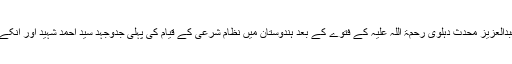
حضرت شاہ عبدالعزیز محدث دہلوی رحمۃ اللہ علیہ کے فتوے کے بعد ہندوستان میں نظام شرعی کے قیام کی پہلی جدوجہد سید احمد شہید اور انکے رفقا نے کی ۔